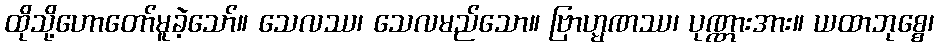
ထိုသို့ဟောတော်မူခဲ့သော်။ သေလဿ၊ သေလမည်သော။ ဗြာဟ္မဏဿ၊ ပုဏ္ဏားအား။ ယထာဘုစ္စေ၊